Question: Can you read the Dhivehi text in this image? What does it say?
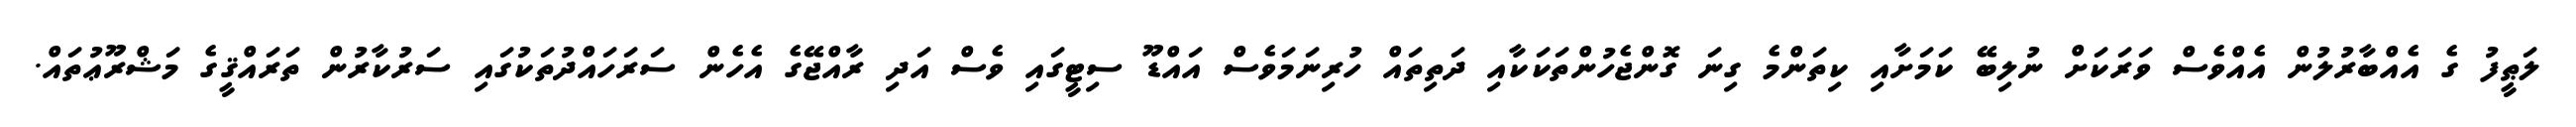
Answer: ލަޠީފު ގެ އެއްބާރުލުން އެއްވެސް ވަރަކަށް ނުލިބޭ ކަމަށާއި ކިތަންމެ ގިނަ ގޮންޖެހުންތަކަކާއި ދަތިތައް ހުރިނަމަވެސް އައްޑޫ ސިޓީގައި ވެސް އަދި ރާއްޖޭގެ އެހެން ސަރަހައްދުތަކުގައި ސަރުކާރުން ތަރައްޤީގެ މަޝްރޫޢުތައް.